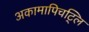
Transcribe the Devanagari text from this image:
अकामापिचट्लि